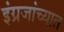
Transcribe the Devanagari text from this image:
इंग्रजांच्यात